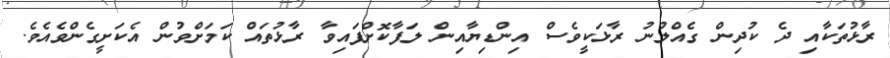
ރާޅުތަކާއި ދެ ކުދިން ގެއްލުނު ރާޅަކީވެސް އިންޑިޔާއިން ލަފާކޮށްފައިވާ ރާޅުތައް ކަމަށްވުން އެކަށީގެންވެއެވެ.